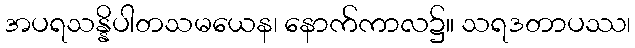
အပရသန္နိပါတသမယေန၊ နောက်ကာလ၌။ သရဒတာပဿ၊